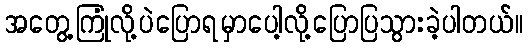
အတွေ့ကြုံလို့ပဲပြောရမှာပေါ့လို့ပြောပြသွားခဲ့ပါတယ်။